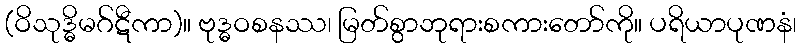
(ဝိသုဒ္ဓိမဂ်ဋီကာ)။ ဗုဒ္ဓဝစနဿ၊ မြတ်စွာဘုရားစကားတော်ကို။ ပရိယာပုဏနံ၊